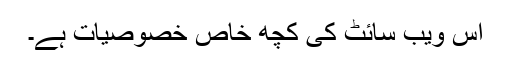
اس ویب سائٹ کی کچھ خاص خصوصیات ہے۔